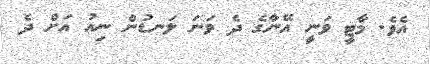
އެވެ. މާޓީ ވަނީ އޭނާގެ ދެ ވަނަ ލަނޑުން ނިއު އަށް ދެ